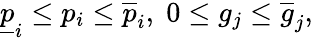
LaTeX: \underline{{p}}_{i}\leq p_{i}\leq\overline{{p}}_{i},\; 0\leq g_{j}\leq\overline{{g}}_{j},